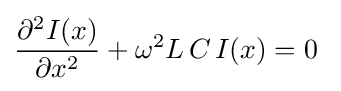
{\frac {\partial ^{2}I(x)}{\partial x^{2}}}+\omega ^{2}L\,C\,I(x)=0~